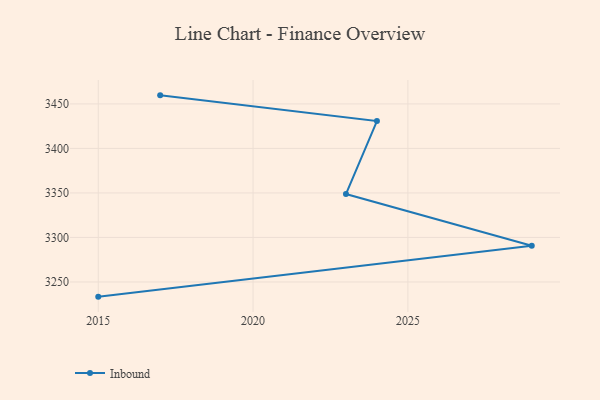
{"axis": {"x": "Year", "y": "Shipments"}, "legend": ["Inbound"], "data": [{"x": "2017", "y": 3459.6, "type": "Inbound"}, {"x": "2024", "y": 3430.7, "type": "Inbound"}, {"x": "2023", "y": 3348.8, "type": "Inbound"}, {"x": "2029", "y": 3290.6, "type": "Inbound"}, {"x": "2015", "y": 3233.5, "type": "Inbound"}]}